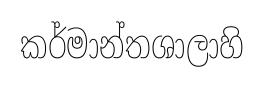
කර්මාන්තශාලාහි